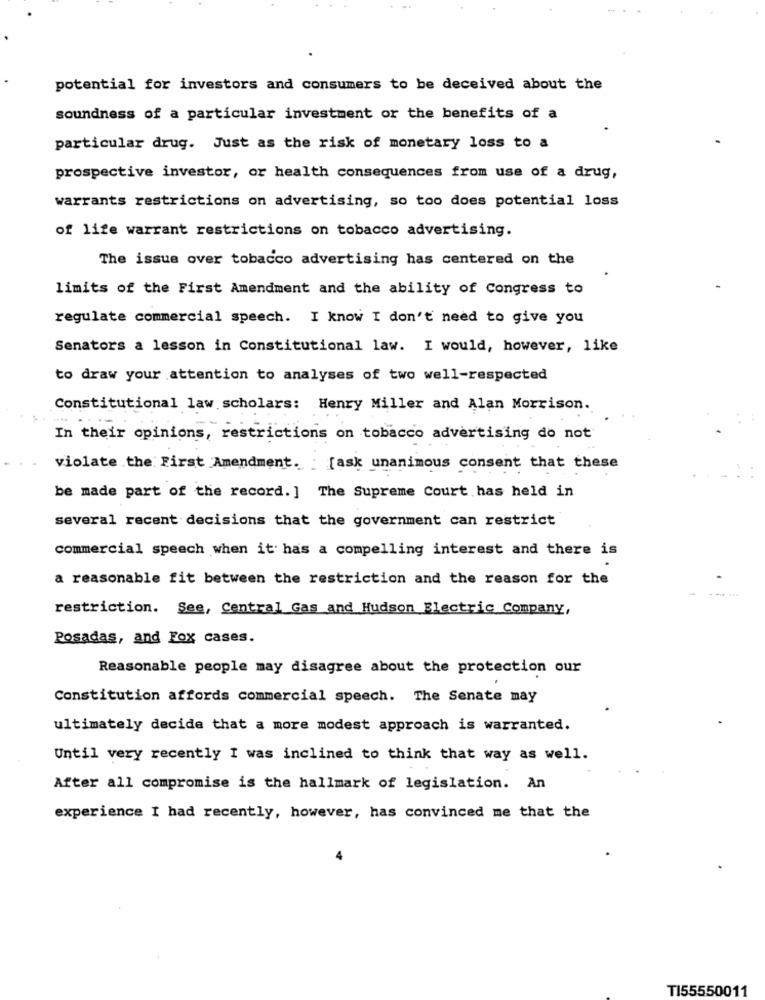
potential for investors and consumers to be deceived about the
soundness of a particular investment or the benefits of a
particular drug. Just as the risk of monetary loss to a
prospective investor, or health consequences from use of a drug,
warrants restrictions on advertising, so too does potential loss
of life warrant restrictions on tobacco advertising.
The issue over tobacco advertising has centered on the
limits of the First Amendment and the ability of Congress to
regulate commercial speech. I know I don't need to give you
Senators a lesson in Constitutional law. I would, however, like
to draw your attention to analyses of two well-respected
Constitutional law scholars: Henry Miller and Alan Morrison.
In their opinions, restrictions on tobacco advertising do not
violate the First Amendment. [ask unanimous consent that these
be made part of the record. ] The Supreme Court has held in
several recent decisions that the government can restrict
commercial speech when it has a compelling interest and there is
a reasonable fit between the restriction and the reason for the
restriction. See, Central Gas and Hudson Electric Company,
Posadas, and Fox cases.
Reasonable people may disagree about the protection our
Constitution affords commercial speech. The Senate may
ultimately decide that a more modest approach is warranted.
Until very recently I was inclined to think that way as well.
After all compromise is the hallmark of legislation. An
experience I had recently, however, has convinced me that the
TI55550011